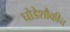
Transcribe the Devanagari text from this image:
घोडेशौकीन